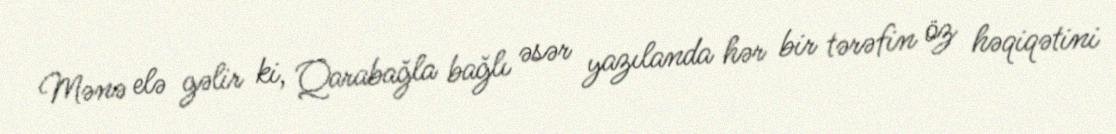
Mənə elə gəlir ki, Qarabağla bağlı əsər yazılanda hər bir tərəfin öz həqiqətini